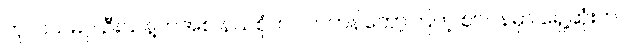
ကုလသမဂ္ဂ ဦးသန့်ကအစ နယ်စုံက လာကန်တော့ကြတဲ့ ဈာပနမှာ ရှေ့ဆုံးက